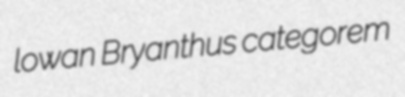
lowan Bryanthus categorem